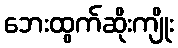
ဘေးထွက်ဆိုးကျိုး